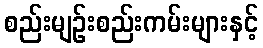
စည်းမျဉ်းစည်းကမ်းများနှင့်